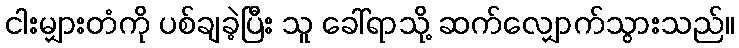
ငါးမျှားတံကို ပစ်ချခဲ့ပြီး သူ ခေါ်ရာသို့ ဆက်လျှောက်သွားသည်။